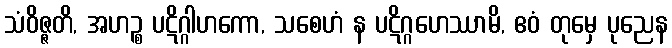
သံဝိဇ္ဇတိ, အဟဉ္စ ပဋိဂ္ဂါဟကော, သစေဟံ န ပဋိဂ္ဂဟေဿာမိ, ဧဝံ တုမှေ ပုညေန